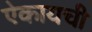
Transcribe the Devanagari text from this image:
ऐकायची